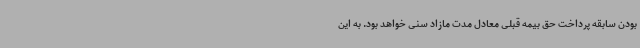
بودن سابقه پرداخت حق بیمه قبلی معادل مدت مازاد سنی خواهد بود. به این